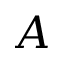
A